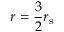
r = { \frac { 3 } { 2 } } r _ { \mathrm { { s } } }